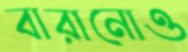
বারানোও